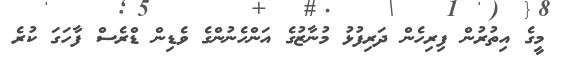
މީގެ އިތުރުން ފިރިހެން ދަރިފުޅު މުނާޒުގެ އަންހެނުންގެ ވެޑިން ޑްރެސް ފާހަގަ ކުރެ